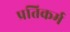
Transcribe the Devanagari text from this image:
प्रतिकर्म